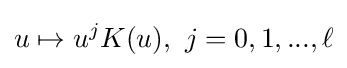
u\mapsto u^{j}K(u),~j=0,1,...,\ell